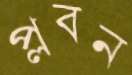
প্লবন